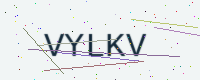
Text: VYLKV